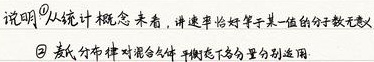
说明：
\textcircled{1}从统计概念来看，讲速率恰好等于某一值的分子数无意义。
\textcircled{2}麦氏分布律对混合气体平衡态下各分量分别适用。